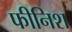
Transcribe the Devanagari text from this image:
फीनिश